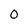
Character: O